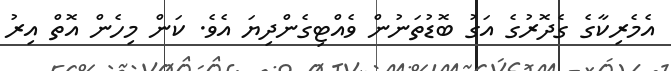
އެމެރިކާގެ ގެދޮރުގެ އަގު ބޮޑުތަނުން ވެއްޓިގެންދިޔަ އެވެ. ކަން މިހެން އޮތް އިރު